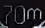
70m